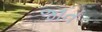
જાત